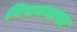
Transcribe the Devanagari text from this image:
नियमनाचा